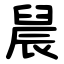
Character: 䢅